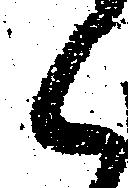
候